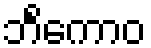
ဘိင်္ကောဝ